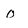
Character: 0